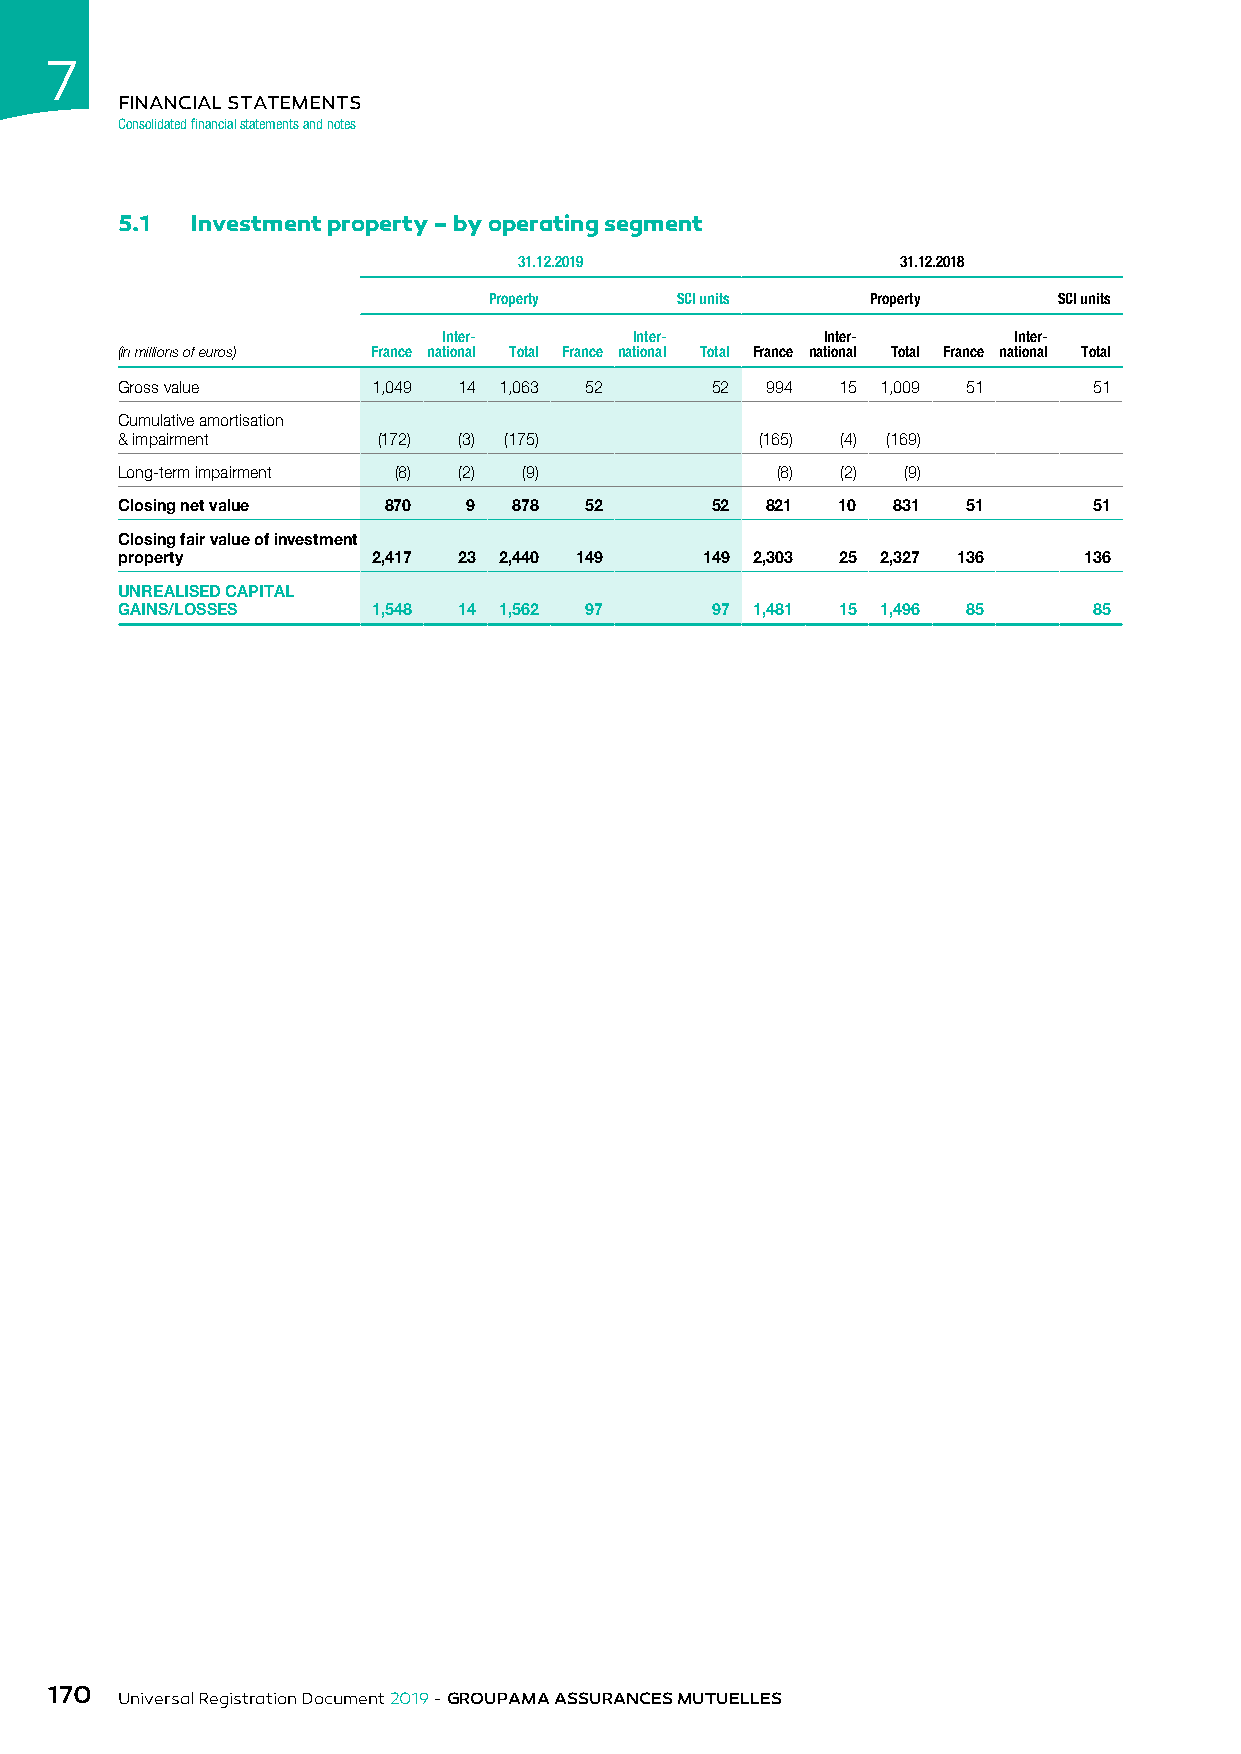
7
 FINANCIAL STATEMENTS
 Consolidated financial statements and notes
 5.1  Investment property – by operating segment
 31.12.2019                31.12.2018
 Property     SCI units    Property    SCI units
 Inter-       Inter-      Inter-       Inter-
 (in millions of euros) France national Total France national Total France national Total France national Total
 Gross value      1,049 14 1,063 52     52  994  15 1,009 51     51
 Cumulative amortisation
 & impairment     (172) (3) (175)          (165) (4) (169)
 Long-term impairment (8) (2) (9)           (8)  (2) (9)
 Closing net value 870  9  878  52      52  821  10 831  51      51
 Closing fair value of investment
 property         2,417 23 2,440 149    149 2,303 25 2,327 136   136
 UNREALISED CAPITAL
 GAINS/LOSSES     1,548 14 1,562 97     97 1,481 15 1,496 85     85
 170
 Universal Registration Document 2019 - GROUPAMA ASSURANCES MUTUELLES